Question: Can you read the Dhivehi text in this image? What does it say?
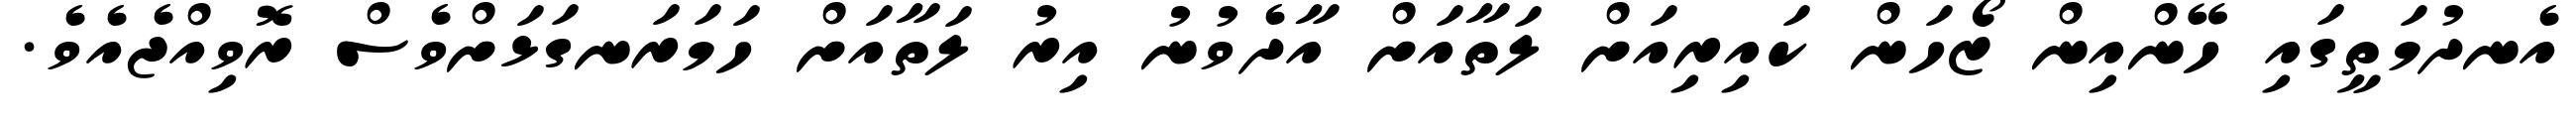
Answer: އެނދުމަތީގައި ހޭންއިން ޒޯހަން ކައިރިއަށް ލަތާއަށް އާދެވުނު އިރު ލަތާއަށް ހަމަރަނގަޅަށްވެސް ރޮވިއްޖެއެވެ.